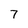
Character: 7